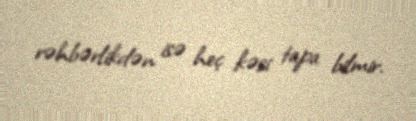
rəhbərlikdən isə heç kəsi tapa bilmir.